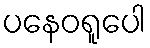
ပနေဝရူပေါ